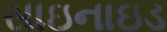
સાઇનાઇડ